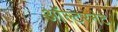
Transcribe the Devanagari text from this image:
ऑल्टरनेट